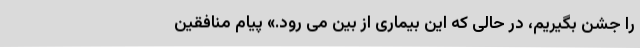
را جشن بگیریم، در حالی که این بیماری از بین می رود.» پیام منافقین